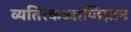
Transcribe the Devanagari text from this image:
व्यतिरेकव्याप्तिज्ञान